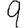
Digit: 9